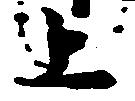
上